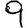
Digit: 9